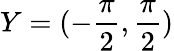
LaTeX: Y=(-{\frac{\pi}{2}},{\frac{\pi}{2}})